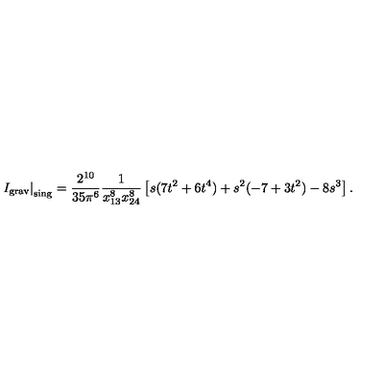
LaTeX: \left. I _ { \mathrm { \scriptsize g r a v } } \right| _ { \mathrm { \scriptsize s i n g } } = \frac { 2 ^ { 1 0 } } { 3 5 \pi ^ { 6 } } \frac { 1 } { x _ { 1 3 } ^ { 8 } x _ { 2 4 } ^ { 8 } } \left[ s ( 7 t ^ { 2 } + 6 t ^ { 4 } ) + s ^ { 2 } ( - 7 + 3 t ^ { 2 } ) - 8 s ^ { 3 } \right] .